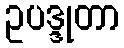
ဥပဒ္ဒုတာ